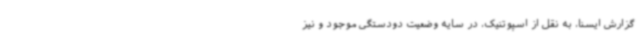
گزارش ایسنا، به نقل از اسپوتنیک، در سایه وضعیت دودستگی موجود و نیز